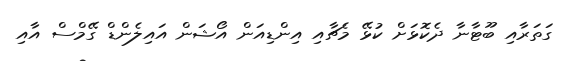
ގަތަރާއި ބޫޓާނާ ދެކޮޅަށް ކުޅޭ މެޗާއި އިންޑިއަން އޯޝަން އައިލެންޑް ގޭމްސް އާއި